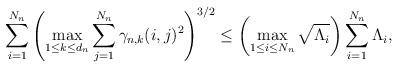
LaTeX: \begin{align*}\sum_{i=1}^{N_n}\left(\max_{1\leq k\leq d_n}\sum_{j=1}^{N_n}\gamma_{n,k}(i,j)^2\right)^{3/2}\leq\left(\max_{1\leq i\leq N_n}\sqrt{\Lambda_i}\right)\sum_{i=1}^{N_n}\Lambda_i,\end{align*}